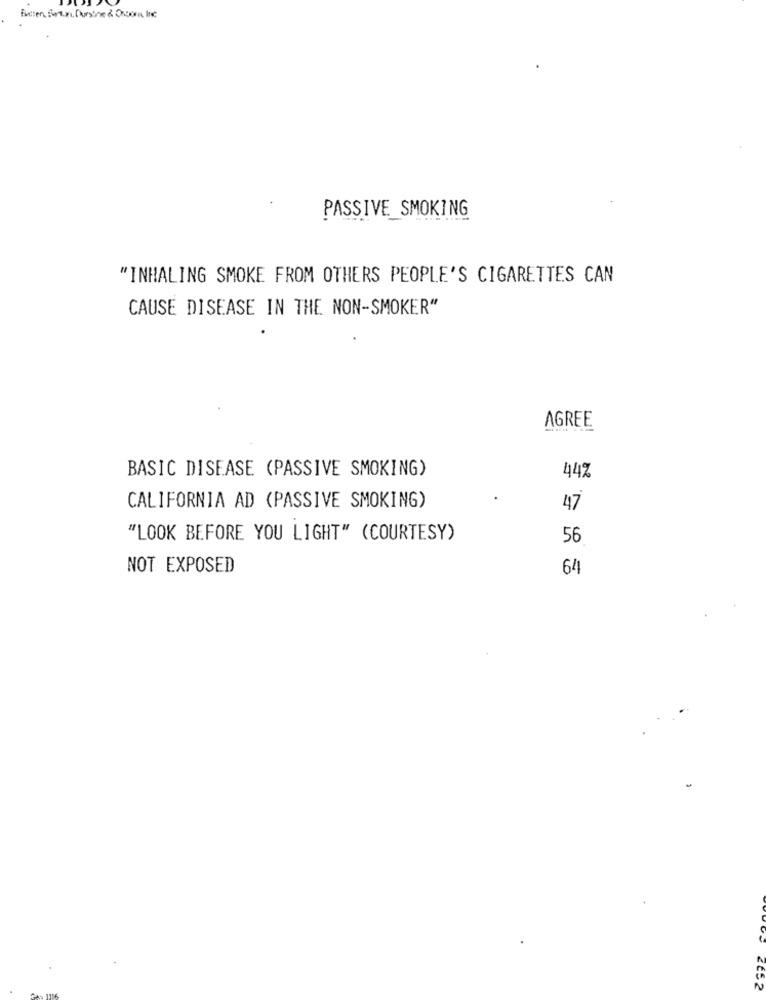
PASSIVE SMOKING
"INHALING SMOKE FROM OTHERS PEOPLE'S CIGARETTES CAN
CAUSE DISEASE IN THE NON-SMOKER"
AGREE
BASIC DISEASE (PASSIVE SMOKING)
44%
CALIFORNIA AD (PASSIVE SMOKING)
47
"LOOK BEFORE YOU LIGHT" (COURTESY)
56
NOT EXPOSED
64